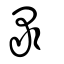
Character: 彔